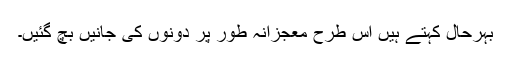
بہرحال کہتے ہیں اس طرح معجزانہ طور پر دونوں کی جانیں بچ گئیں۔